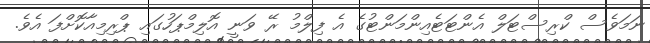
ނަމަވެސް ކްރިސްޓަލް އެންޓަޓެއިންމަންޓުގެ އެ ފިލްމު ރޭ ވަނީ އޮލިމްޕަހުގައި ޕްރިމިއާކޮށްފަ އެވެ.